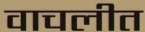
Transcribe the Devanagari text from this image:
वाचलीत